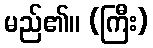
မည်၏။ (ကြီး)